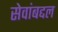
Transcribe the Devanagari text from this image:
सेवांबद्दल